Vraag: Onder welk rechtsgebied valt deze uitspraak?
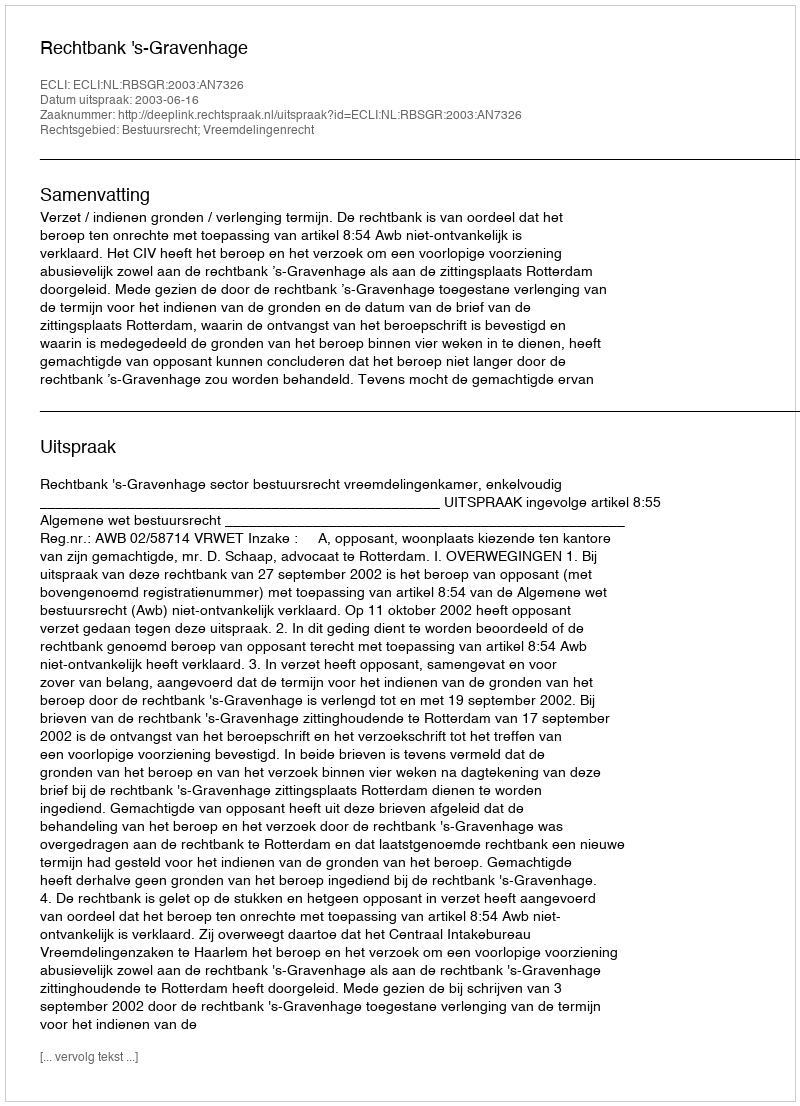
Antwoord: Bestuursrecht; Vreemdelingenrecht